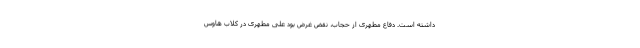
داشته است. دفاع مطهری از حجاب، نقض غرض بود علی مطهری در کلاب هاوس